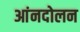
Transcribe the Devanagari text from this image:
आंनदोलन